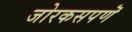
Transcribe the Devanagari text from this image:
जोरकसपणॆ